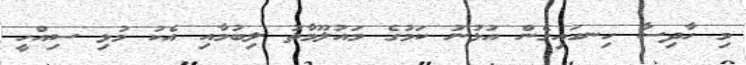
މި ހާދިސާ ހިނގައިގެން އުޅުނު ކަމުގެ މައުލޫމާތު ލިބުމާއި އެކު މުޅި ސިއްހީ